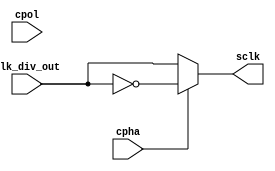
module Clock_Logic (

    output  reg     sclk,
    input   wire    cpha,
    input   wire    cpol,
    input   wire    clk_div_out
);

assign mode = {cpol, cpha};

always@(*)
begin
    if (mode == 2'b10 | mode ==2'b01)
        sclk<=~clk_div_out;
    else 
        sclk<=clk_div_out;
end


endmodule